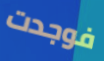
فوجدت